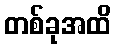
တစ်ခုအထိ